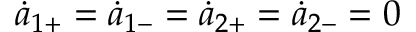
\dot { a } _ { 1 + } = \dot { a } _ { 1 - } = \dot { a } _ { 2 + } = \dot { a } _ { 2 - } = 0